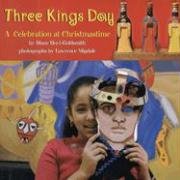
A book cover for Three Kings Day: A Celebration at Christmastime; Diane Hoyt-Goldsmith; Children's Books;